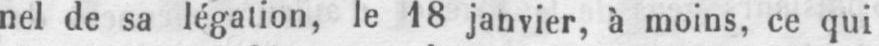
nel de sa légation, le 18 janvier, à moins, ce qui